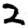
Digit: 2